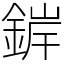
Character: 錌